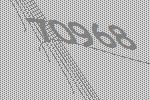
70968